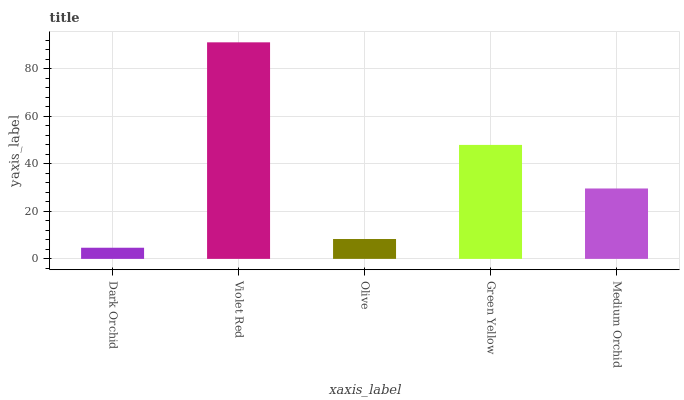
| xaxis_label | bars |
 | --- | --- |
 | Dark Orchid | 4.69 |
 | Violet Red | 91.1 |
 | Olive | 8.36 |
 | Green Yellow | 48 |
 | Medium Orchid | 29.6 |